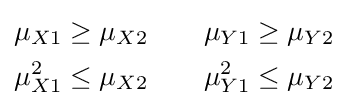
{\begin{aligned}\mu _{X1}\geq \mu _{X2}\\\mu _{X1}^{2}\leq \mu _{X2}\end{aligned}}\qquad {\begin{aligned}\mu _{Y1}\geq \mu _{Y2}\\\mu _{Y1}^{2}\leq \mu _{Y2}\end{aligned}}